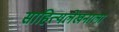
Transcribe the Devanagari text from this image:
साहित्यलेखनाला